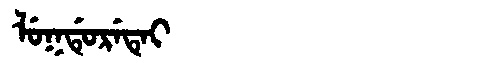
Manchu: ᠯᡠᡴᡩᡠᡵᡝᡨᡝᡳ
Romanization: LUKDURETEI